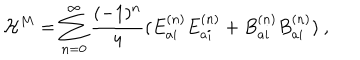
LaTeX: { \cal H } ^ { M } = \sum _ { n = 0 } ^ { \infty } \frac { ( - 1 ) ^ { n } } { 4 } ( E _ { a i } ^ { ( n ) } E _ { a i } ^ { ( n ) } + B _ { a i } ^ { ( n ) } B _ { a i } ^ { ( n ) } ) \ ,